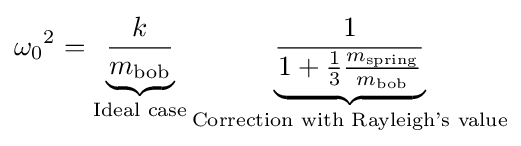
{\omega _{0}}^{2}=\underbrace {\frac {k}{m_{\mathrm {bob} }}} _{\text{Ideal case}}\underbrace {\frac {1}{1+{\frac {1}{3}}{\frac {m_{\mathrm {spring} }}{m_{\mathrm {bob} }}}}} _{\text{Correction with Rayleigh's value}}